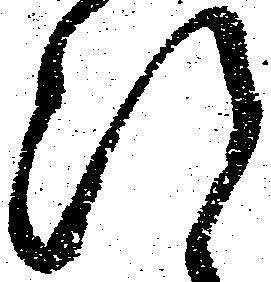
断